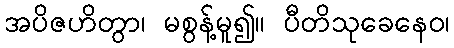
အပိဇဟိတွာ၊ မစွန့်မူ၍။ ပီတိသုခေနေဝ၊